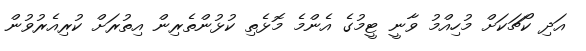
އަދި ކޯޗަކަށް މުހިއްމު ވާނީ ޓީމުގެ އެންމެ މޮޅެތި ކުޅުންތެރިން އިތުރަށް ކުރިއެރުވުން